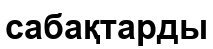
сабақтарды